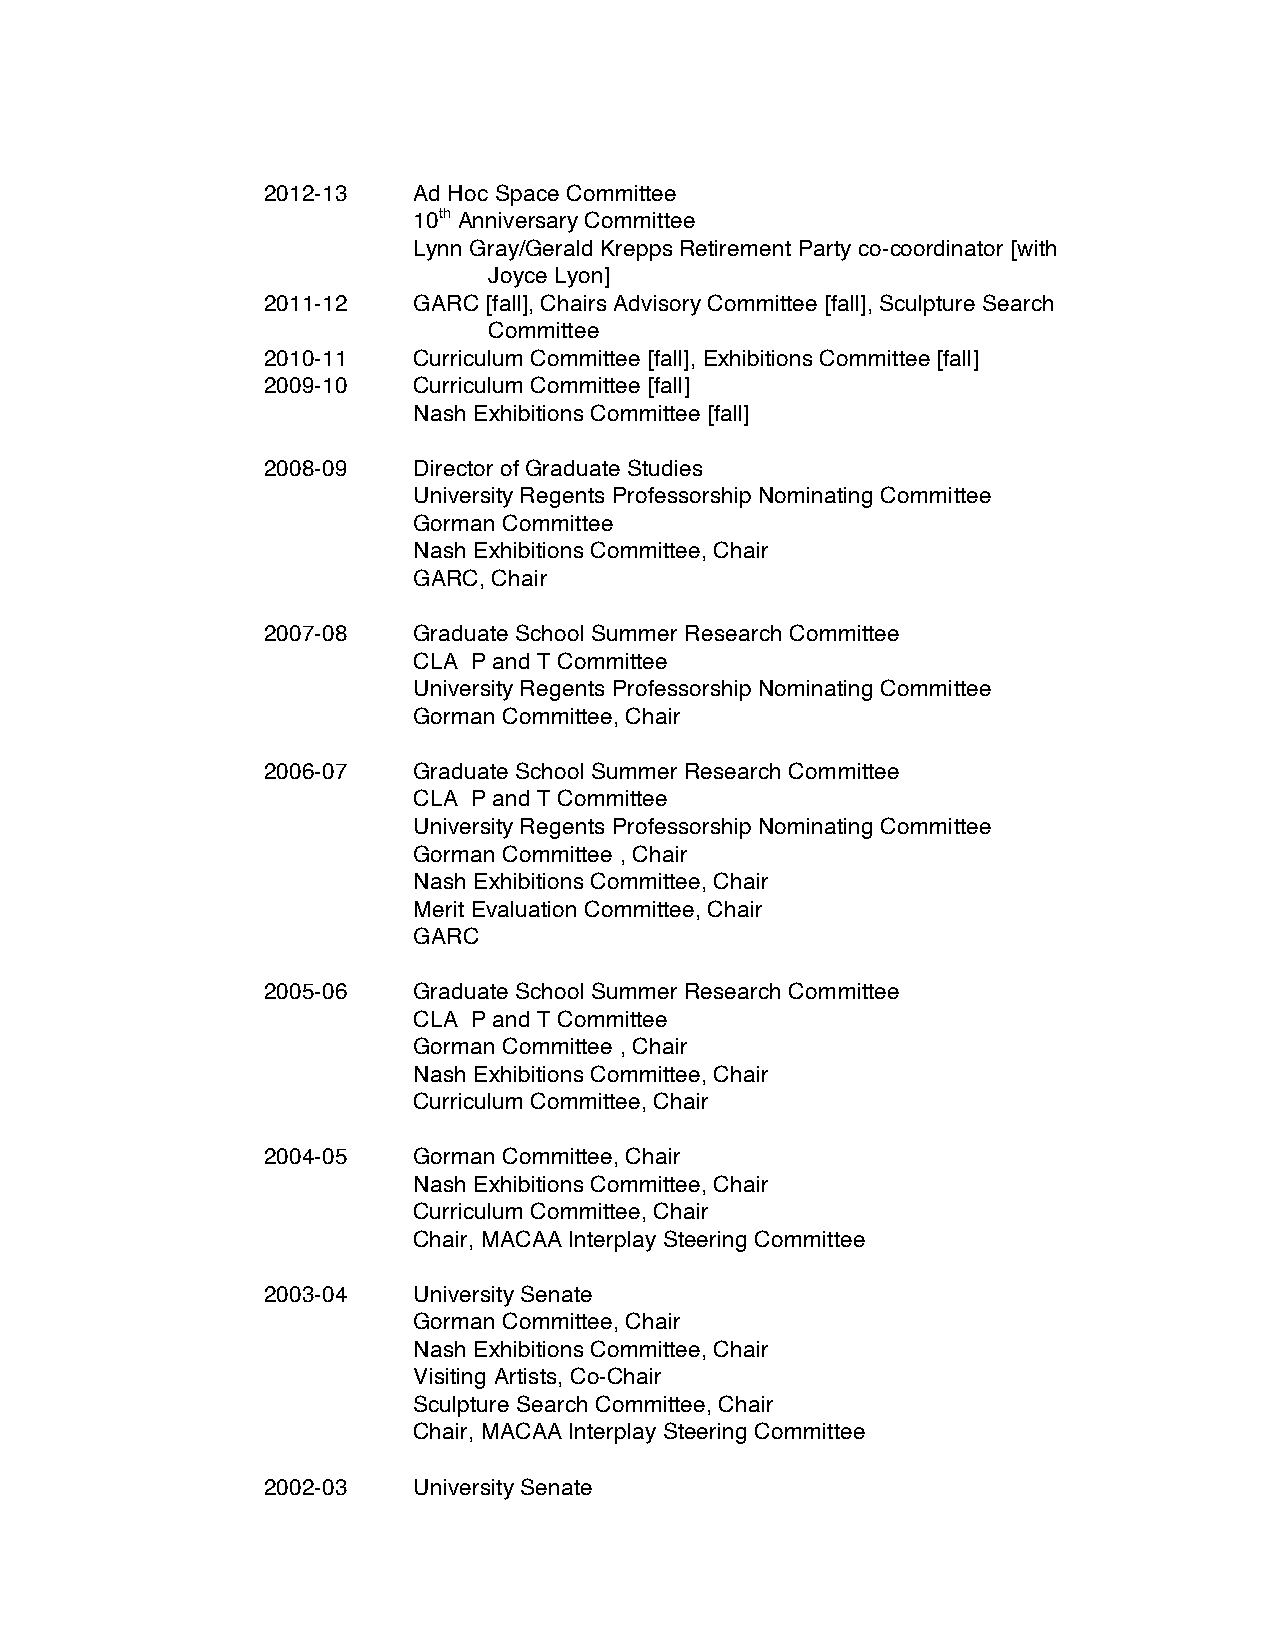
2012-13   Ad Hoc Space Committee
 10th Anniversary Committee
 Lynn Gray/Gerald Krepps Retirement Party co-coordinator [with
 Joyce Lyon]
 2011-12   GARC [fall], Chairs Advisory Committee [fall], Sculpture Search
 Committee
 2010-11   Curriculum Committee [fall], Exhibitions Committee [fall]
 2009-10   Curriculum Committee [fall]
 Nash Exhibitions Committee [fall]
 2008-09   Director of Graduate Studies
 University Regents Professorship Nominating Committee
 Gorman Committee
 Nash Exhibitions Committee, Chair
 GARC, Chair
 2007-08   Graduate School Summer Research Committee
 CLA P and T Committee
 University Regents Professorship Nominating Committee
 Gorman Committee, Chair
 2006-07   Graduate School Summer Research Committee
 CLA P and T Committee
 University Regents Professorship Nominating Committee
 Gorman Committee , Chair
 Nash Exhibitions Committee, Chair
 Merit Evaluation Committee, Chair
 GARC
 2005-06   Graduate School Summer Research Committee
 CLA P and T Committee
 Gorman Committee , Chair
 Nash Exhibitions Committee, Chair
 Curriculum Committee, Chair
 2004-05   Gorman Committee, Chair
 Nash Exhibitions Committee, Chair
 Curriculum Committee, Chair
 Chair, MACAA Interplay Steering Committee
 2003-04   University Senate
 Gorman Committee, Chair
 Nash Exhibitions Committee, Chair
 Visiting Artists, Co-Chair
 Sculpture Search Committee, Chair
 Chair, MACAA Interplay Steering Committee
 2002-03   University Senate